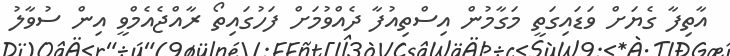
އާތިފާ ގެޔަށް ވަޑައިގަތީ މަގާމުން އިސްތިއުފާ ދެއްވުމަށް ފަހުގައިތޯ ރާއްޖެއެމްވީ އިން ސުވާލު